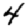
Digit: 4